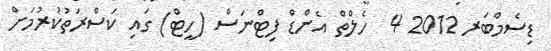
ޑިސެމްބަރ 2012 4  ހެލްތް އެންޑް ފިޓްނަސް (ހީޓް) ގައި ކަސްރަތުކުރުމަށް